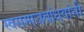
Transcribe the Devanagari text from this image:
स्वसमाजबांधवांनी